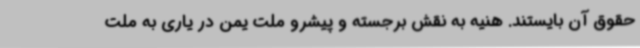
حقوق آن بایستند. هنیه به نقش برجسته و پیشرو ملت یمن در یاری به ملت